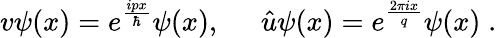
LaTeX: v\psi(x)=e^{\frac{ipx}{\hbar}}\psi(x),\; \; \; \; \; \hat{u}\psi(x)=e^{\frac{2\pi ix}{q}}\psi(x)\; .